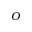
O